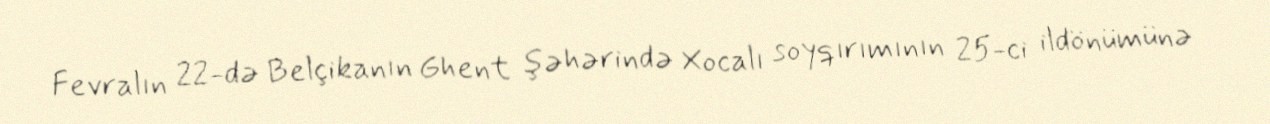
Fevralın 22-də Belçikanın Ghent şəhərində Xocalı soyqırımının 25-ci ildönümünə